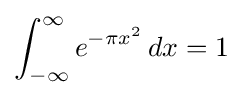
\int _{-\infty }^{\infty }e^{-\pi x^{2}}\,dx=1